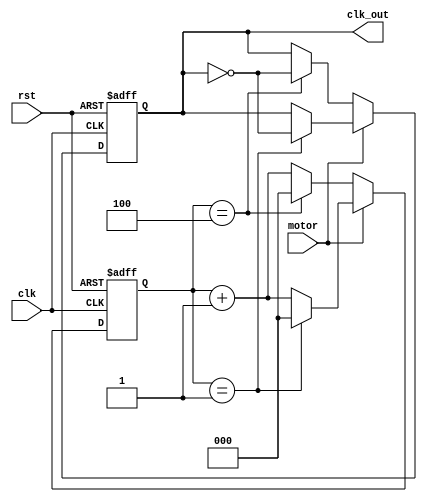
`timescale 1ns / 1ps
//////////////////////////////////////////////////////////////////////////////////
// Company: 
// Engineer: 
// 
// Design Name: 
// Module Name: frq_div2_4
// Project Name: 
// Target Devices: 
// Tool Versions: 
// Description: 
// 
// Dependencies: 
// 
// Revision:
// Revision 0.01 - File Created
// Additional Comments:
// 
//////////////////////////////////////////////////////////////////////////////////


module frq_div4_10(clk, rst, motor, clk_out);

    input clk; 
    input rst; 
    input motor; 
    output clk_out; 
    reg  [2:0] cnt; 
    reg clk_out; 


    always @(posedge clk or negedge rst) begin 
        if (rst == 0) begin 
            cnt <= 0; 
            clk_out <= 0; 
         end else begin // rst = 1 
             if (motor == 0) begin // 10 
                if (cnt == 4) begin 
                    cnt <= 0; 
                    clk_out <= ~clk_out; 
                    end 
                else 
                     cnt <= cnt + 1; 
                     end 
             else 
                if (cnt == 1) begin //4
                    cnt <= 0; 
                    clk_out <= ~clk_out; 
                    end 
                else 
                    cnt <= cnt + 1;  
                 end   
             end   
    endmodule